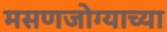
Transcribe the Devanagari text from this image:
मसणजोग्याच्या